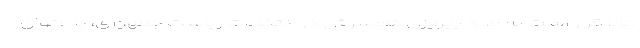
حالا قرار است به مدد پیروزی همسرش در انتخابات ریاست جمهوری، با عنوان